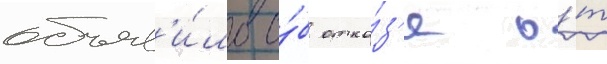
объяв'и́ло о́б отка́з'е о́т